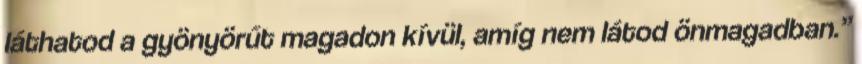
láthatod a gyönyörűt magadon kívül, amíg nem látod önmagadban.”